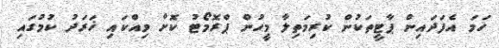
ހަމަ އެފަދައިން ޕާޓީތަކުން ކުރިމަތިލާ މީހުން ޕްރޮމޯޓު ކޮށް ވިއްކައި ޚަރަދު ކުމުގައި